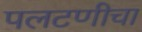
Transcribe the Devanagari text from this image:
पलटणीचा